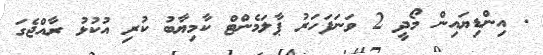
. އިންޑިޔައިން މޯދީ 2 ވަނަފަހަރު ޕާލަމެންޓް ކާމިޔާބު ކުރި އުކުޅު ރާއްޖެގަ